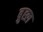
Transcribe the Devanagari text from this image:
ब्रुह्ल